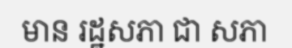
មាន រដ្ឋសភា ជា សភា